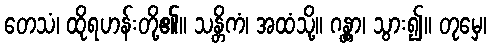
တေသံ၊ ထိုရဟန်းတို့၏။ သန္တိကံ၊ အထံသို့။ ဂန္တွာ၊ သွား၍။ တုမှေ၊